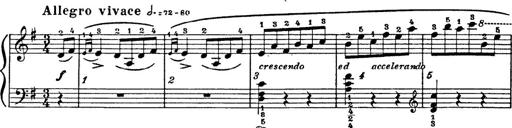
Title: 6 Polish Songs
Composer: Franz Liszt